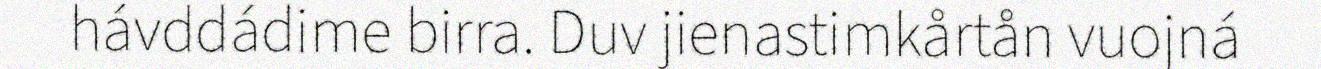
hávddádime birra. Duv jienastimkårtån vuojná